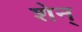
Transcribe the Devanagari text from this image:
शेन्